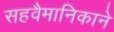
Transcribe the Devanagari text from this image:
सहवैमानिकाने